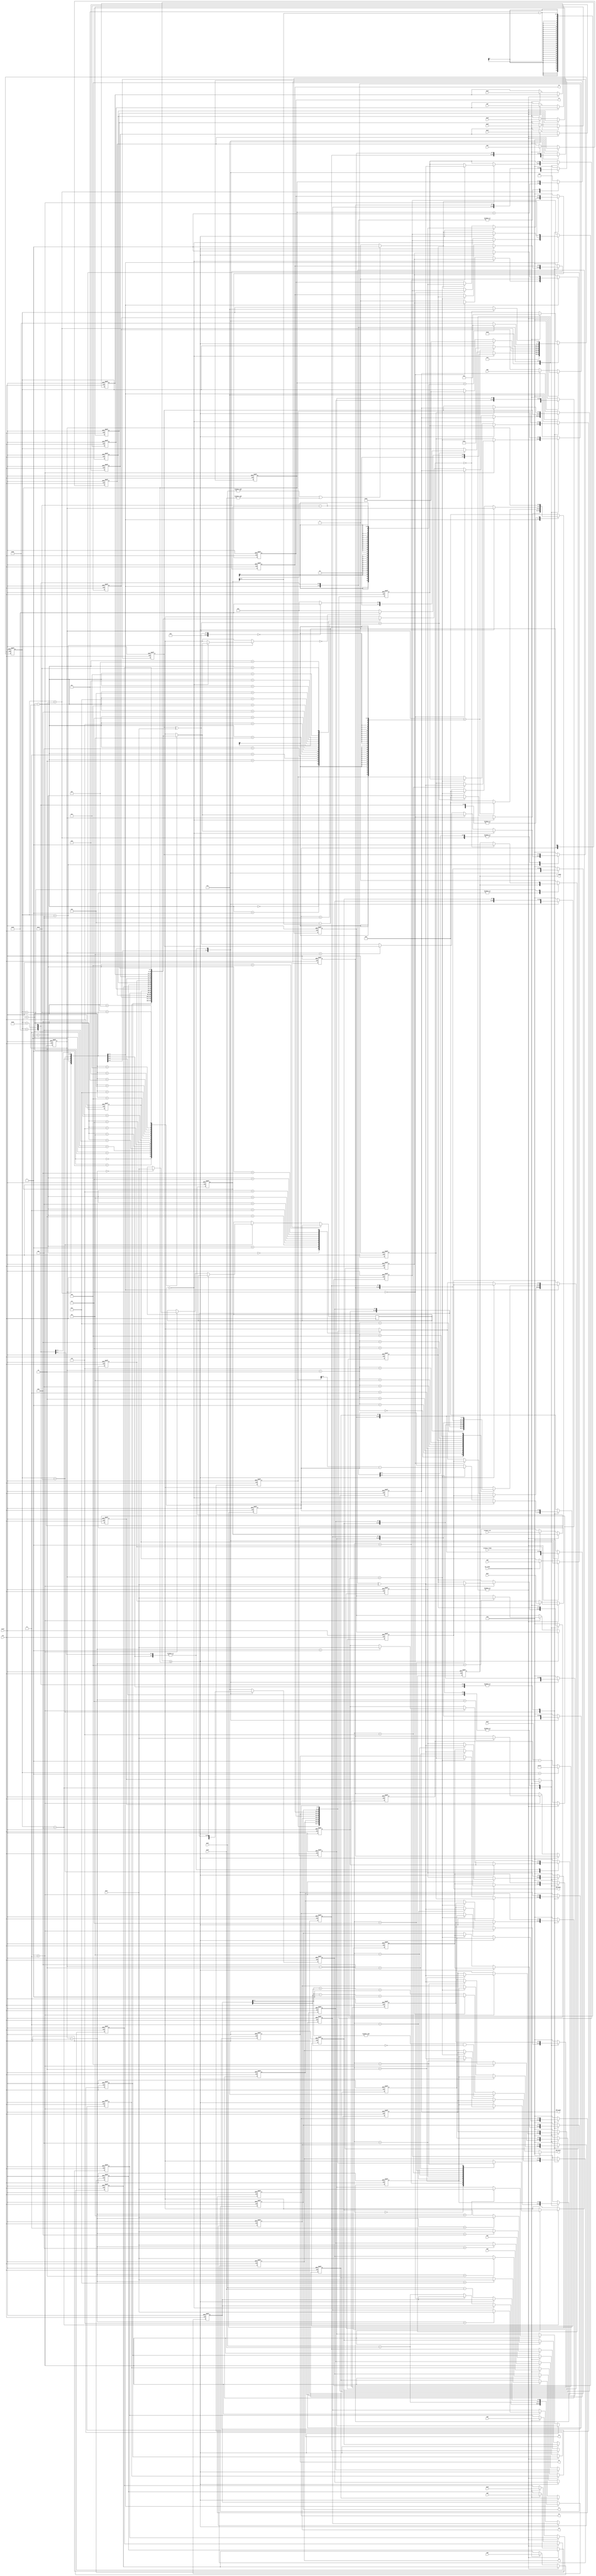
/* This program is free software: you can redistribute it and/or modify
   it under the terms of the GNU General Public License as published by
   the Free Software Foundation, either version 3 of the License, or
   (at your option) any later version.

   This program is distributed in the hope that it will be useful,
   but WITHOUT ANY WARRANTY; without even the implied warranty of
   MERCHANTABILITY or FITNESS FOR A PARTICULAR PURPOSE.  See the
   GNU General Public License for more details.

   You should have received a copy of the GNU General Public License
   along with this program.  If not, see <http://www.gnu.org/licenses/>.
   
   Email : semiconductors@varkongroup.com
   Tel   : 1-732-447-8611
   
*/


module BM_lamda
//// use Berlekamp Masseys Algorithm to calculate lamda polynomial
(
input clk, // input clock planned to be 56 Mhz
input reset, // active high asynchronous reset

// input modified syndromes in decimal format 
input [7:0] Sm1,Sm2,Sm3,Sm4,Sm5,Sm6,Sm7,Sm8,                    
input [7:0] Sm9,Sm10,Sm11,Sm12,Sm13,Sm14,Sm15,Sm16,    

//active high flag for one clock to indicate that input Sm is ready
input Sm_ready,   

// active high flag for one clock to indicate that erasures values are ready
input erasure_ready, 
input [3:0] erasure_cnt,  /// number of erasures per block 0:8 

input [7:0] pow1,pow2,    /// output of power memories
input [7:0] dec1,        /// output of decimal memories

output reg [7:0] add_pow1,add_pow2,     /// address to power memories
output  [7:0] add_dec1,                              /// address to decimal memories

// active high flag for one clock to indicate that lamda polynomial is ready
output reg L_ready,  
output [7:0] L1,L2,L3,L4,L5,L6,L7,L8   ///  lamda coeff values in decimal format 
);

reg [7:0] L [1:9];   /// Lamda polynomial coeff
reg [7:0] Lt [1:9]; /// temp register for next Lamda polynomial coeff values
reg [7:0] T [1:10];  /// T polynomial
reg [7:0] D; /// delta

reg [4:0]  K;  //  max 16   // operation counter
reg [3:0]  N;  //  max 8    // operation counter


reg [3:0]  e_cnt;
reg [7:0] S [1:16];


reg [8:0] add_1;   /// address to decimal memory
reg IS_255_1;
reg div1;  ///  1  division ,  0 multiplication

reg [3:0] cnt ;  // max 12

parameter Step1  = 8'b00000001;
parameter Step2  = 8'b00000010;
parameter Step3  = 8'b00000100;
parameter Step4  = 8'b00001000;
parameter Step5  = 8'b00010000;
parameter Step6  = 8'b00100000;
parameter Step7  = 8'b01000000;
parameter Step8  = 8'b10000000;

reg [8:0] const_timing;
reg [7:0] Step = Step1;

assign L1=L[2];
assign L2=L[3];
assign L3=L[4];
assign L4=L[5];
assign L5=L[6];
assign L6=L[7];
assign L7=L[8];
assign L8=L[9];

//// to handle mutipilcation / division output (address to decimal memory)
assign add_dec1  =(IS_255_1)?  8'h00 :
				 (&add_1[7:0] && !add_1[8])?     8'h01 : 
				 (div1)? add_1[7:0] - (add_1[8]) +1 :
				 add_1[7:0] +add_1[8] +1 ;

always@(posedge reset or posedge clk)
begin
	if (reset)
		begin
			add_1<=0;
			IS_255_1<=0;
			div1<=0;
			add_pow1<=0;add_pow2<=0;
			
			e_cnt<=0;
			
			S[1]<=0;S[2]<=0;S[3]<=0;S[4]<=0;S[5]<=0;
			S[6]<=0;S[7]<=0;S[8]<=0;     
			S[9]<=0;S[10]<=0;S[11]<=0;S[12]<=0;S[13]<=0;
			S[14]<=0;S[15]<=0;S[16]<=0;
			
			L[1]<=0; L[2]<=0; L[3]<=0;L[4]<=0;L[5]<=0;
			L[6]<=0;L[7]<=0;L[8]<=0;L[9]<=0;
			Lt[1]<=0; Lt[2]<=0; Lt[3]<=0;Lt[4]<=0;Lt[5]<=0;
			Lt[6]<=0;Lt[7]<=0;Lt[8]<=0;Lt[9]<=0;
			T[1]<=0; T[2]<=0; T[3]<=0;T[4]<=0;T[5]<=0;
			T[6]<=0;T[7]<=0;T[8]<=0;T[9]<=0;T[10]<=0;
			D<=0;
			K<=0;
			N<=0;
			
			cnt<=0;
			Step<=Step1;
			
			L_ready<=0;
			const_timing<=0;	
		end
	else
		begin
			case (Step)
			/////////////////////////////////////////////////////////////////
			default:begin  /// idle Step    ----- > Step1
				L[1]<=1; L[2]<=0; L[3]<=0;L[4]<=0;L[5]<=0;
				L[6]<=0;L[7]<=0;L[8]<=0;L[9]<=0;
				Lt[1]<=1; Lt[2]<=0; Lt[3]<=0;Lt[4]<=0;Lt[5]<=0;
				Lt[6]<=0;Lt[7]<=0;Lt[8]<=0;Lt[9]<=0;
				T[1]<=0; T[2]<=1; T[3]<=0;T[4]<=0;T[5]<=0;
				T[6]<=0;T[7]<=0;T[8]<=0;T[9]<=0;T[10]<=0;
				D<=0;
				K<=0;
				N<=0;
				cnt<=0;
				L_ready<=0;
				//////// register erasure count///////////////////////////////
				if(erasure_ready)
					begin
						e_cnt<=erasure_cnt;
					end
				//// when input modified syndromes are ready//////////
				if(Sm_ready)
					begin
						Step<=Step2;
						S[1]<=Sm1;S[2]<=Sm2;S[3]<=Sm3;S[4]<=Sm4;S[5]<=Sm5;
						S[6]<=Sm6;S[7]<=Sm7;S[8]<=Sm8;     
						S[9]<=Sm9;S[10]<=Sm10;S[11]<=Sm11;S[12]<=Sm12;
						S[13]<=Sm13;S[14]<=Sm14;S[15]<=Sm15;S[16]<=Sm16;
					end
			end
			//////////////////////////////////////////////////////////
			Step2:begin
				K<= K+1;
				Step<=Step3;
			end
			/////////////////////////////////////////////////////////
			Step3:begin
				if (N==0)
					begin
						D<= S[K+e_cnt];
						if(S[K+e_cnt]==0)
							Step<= Step6;
						else
							Step <= Step4;
					end
				else
					begin
					
						if(cnt == N+4)
							begin
								cnt<=0;
								if ( (D^dec1)  == 0)	
									Step <= Step6;
								else
									Step <= Step4;
							end
						else
							cnt<=cnt+1;
						///////////////////////////////////////////	
						if (cnt == 0)
							begin
								D<= S[K+e_cnt];
							end
						else if (cnt < 5)
							begin
								add_pow1<= L[cnt+1];
								add_pow2<= S[K+e_cnt-cnt];
								
								div1<=0;
								add_1<= pow1 + pow2;
								IS_255_1<=(&pow1 || &pow2)? 1:0;
							end
						else  /// from 5 to  N+4
							begin
								add_pow1<= L[cnt+1];
								add_pow2<= S[K+e_cnt-cnt];
								
								div1<=0;
								add_1<= pow1 + pow2;
								IS_255_1<=(&pow1 || &pow2)? 1:0;
								
								D <= D ^ dec1;
							end
					end
			end
			/////////////////////////////////////////////////////////
			Step4:begin
				////////////////////////////////////////
				if(cnt == (11 - e_cnt[3:1]) )
					begin
						cnt<=0;
						Step <= Step5;
					end
				else
					cnt<=cnt+1;
				///////////////////////////////////////////	
				add_pow1<= T[cnt+2];
				add_pow2 <= D;

				div1<=0;
				add_1<= pow1 + pow2;
				IS_255_1<=(&pow1 || &pow2)? 1:0;
			
				if (cnt>3) 
					begin
						Lt[cnt-2] <= L[cnt-2] ^ dec1;
					end
			end
			/////////////////////////////////////////////////////////////
			Step5:begin
				if ({N,1'b0} >= K )     /// 2N >= K
					begin
						Step<=Step6;
						L[1]<=Lt[1]; L[2]<=Lt[2]; L[3]<=Lt[3]; 
						L[4]<=Lt[4]; L[5]<=Lt[5];
						L[6]<=Lt[6]; L[7]<=Lt[7];
						L[8]<=Lt[8]; L[9]<=Lt[9];
					end
				else
					begin
						////////////////////////////////////////
						if(cnt == (12-e_cnt[3:1]) )
							begin
								cnt<=0;
								Step <= Step6;
								
								N <= K - N;
								
								L[1]<=Lt[1]; L[2]<=Lt[2]; L[3]<=Lt[3];
								L[4]<=Lt[4]; L[5]<=Lt[5];
								L[6]<=Lt[6]; L[7]<=Lt[7]; 
								L[8]<=Lt[8]; L[9]<=Lt[9];
							end
						else
							cnt<=cnt+1;
						///////////////////////////////////////////	
						add_pow1<= L[cnt+1];
						add_pow2 <= D;

						div1<=1;
						add_1<= pow1 - pow2;
						IS_255_1<=(&pow1 || &pow2)? 1:0;
					
						if (cnt>3)  
							begin
								T[cnt-3] <= dec1;
							end
						//////////////////////////////////////////////
					end
			end
			////////////////////////////////////////////////////////////
			Step6:begin
				Step<=Step7;
				T[1]<=0;
				T[2]<=T[1];
				T[3]<=T[2];
				T[4]<=T[3];
				T[5]<=T[4];
				T[6]<=T[5];
				T[7]<=T[6];
				T[8]<=T[7];
				T[9]<=T[8];
				T[10]<=T[9];
			end
			////////////////////////////////////////////////////////////
			Step7:begin	
				if(K< 16 - e_cnt)
					Step<=Step2;
				else
					begin
						Step<=Step8;
					end
			end
			////////////////////////////////////////////////////////////
			Step8: begin
				if(const_timing == 0)
					begin
						L_ready<=1;
						Step<=Step1;
					end
			end
			////////////////////////////////////////////////////////////
			endcase
			
			////////////////  const timing Step machine //////////
			if(Step == Step1)
				begin
					//// max possible is estimated to 500 clks
					const_timing<=500;   
				end
			else
				begin
					const_timing <=const_timing -1;
				end
			//////////////////////////////////////////
			
		end
end


endmodule